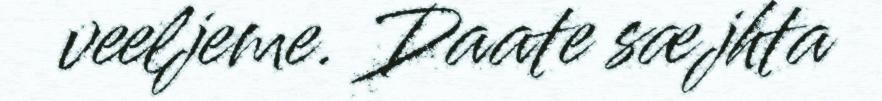
veeljeme. Daate sæjhta